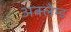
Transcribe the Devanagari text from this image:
अक्लेम्ड